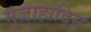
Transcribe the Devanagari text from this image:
मुजाहादिन